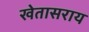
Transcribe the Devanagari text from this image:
खेतासराय